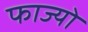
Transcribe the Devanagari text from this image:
फाज्यो